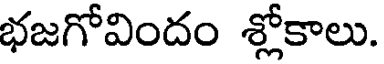
భజగోవిందం శ్లోకాలు.